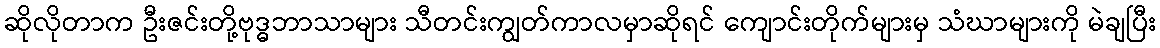
ဆိုလိုတာက ဦးဇင်းတို့ဗုဒ္ဓဘာသာများ သီတင်းကျွတ်ကာလမှာဆိုရင် ကျောင်းတိုက်များမှ သံဃာများကို မဲချပြီး